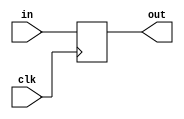
// This program was cloned from: https://github.com/lnis-uofu/SOFA
// License: MIT License

module io_reg(clk, in, out);

    input clk;
    input in;
    output out;
    reg out;

    //reg temp;

    always @(posedge clk)
    begin
        out <= in;
    end
    
    /*always @(posedge clk)
    begin
        out <= temp ;
    end*/
    
endmodule